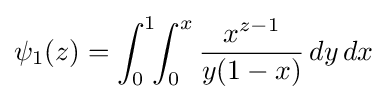
\psi _{1}(z)=\int _{0}^{1}\!\!\int _{0}^{x}{\frac {x^{z-1}}{y(1-x)}}\,dy\,dx